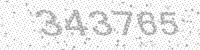
Solution: 343765